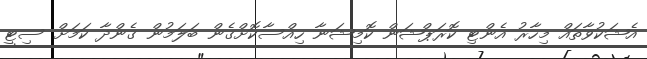
އެޝަކުވާތައް މިހާރު އެންޓި ކޮރަޕްޝަން ކޮމިޝަނާ ހިއްސާކޮށްގެން ބަލަމުން ގެންދާ ކަމަށް ސިޓީ